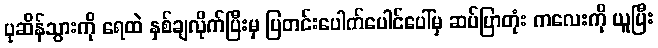
ပုဆိန်သွားကို ရေထဲ နှစ်ချလိုက်ပြီးမှ ပြတင်းပေါက်ပေါင်ပေါ်မှ ဆပ်ပြာတုံး ကလေးကို ယူပြီး